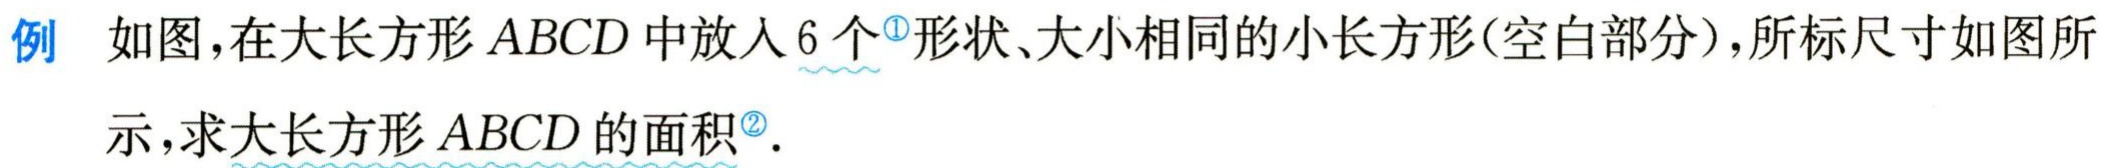
例 如图,在大长方形\(ABCD\)中放入\(6\)个\textcircled{1}形状、大小相同的小长方形(空白部分),所标尺寸如图所示,求大长方形\(ABCD\)的面积\textcircled{2}.